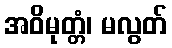
အဝိမုတ္တံ၊ မလွတ်